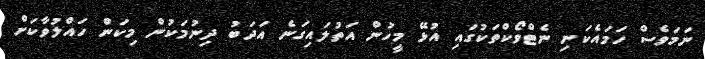
ނަމަވެސް ހަމައެކަނި ނެޓްވޯކްތަކުގައި އުޅޭ މީހުން އަތުލައިގަނެ އަދަބު ދިނުމަކުން މިކަން ހައްލުވާކަށް